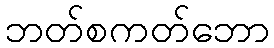
ဘတ်စကတ်ဘော